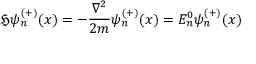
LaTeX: { \mathfrak { H } } \psi _ { n } ^ { ( + ) } ( x ) = - { \frac { \nabla ^ { 2 } } { 2 m } } \psi _ { n } ^ { ( + ) } ( x ) = E _ { n } ^ { 0 } \psi _ { n } ^ { ( + ) } ( x )